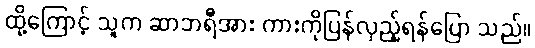
ထို့ကြောင့် သူက ဆာဘရီအား ကားကိုပြန်လှည့်ရန်ပြော သည်။